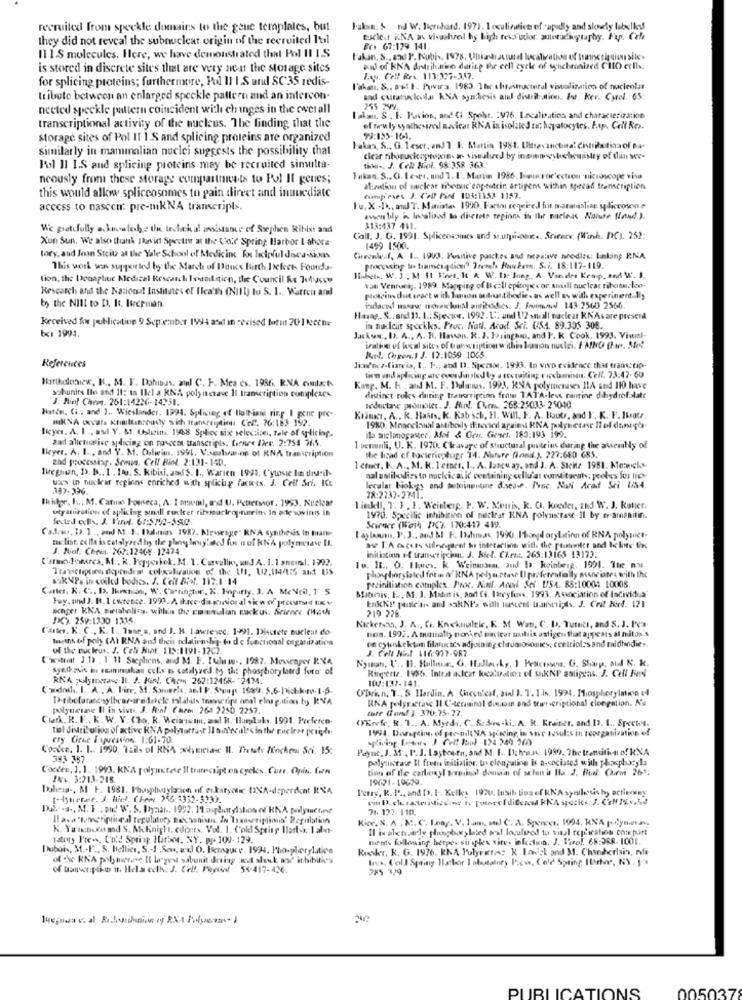
recruited from speckle domains to the geue templates, but
Falan, $ nd W. Hieridard. 1971. 1 oculivative of 'apadly and slowly labelky
they did not reveal the subnuclear origin of the recruited l'til
tacle.r KNA a. vi-solired by high resautor. autoradiography. Frp. Cela
BYs 67:179 141.
Il IS molecules. Here, we have demonstrated that Pol II I.S
Fakan. S ., and P. Kubis, 1978, Uluastiautural localization of trineringion site-
is stored in discrete sites that are very nen the storage sites
for splicing proteins; furthermore, Pol Il I.S and SC:35 redis-
Jag. Cell Res. 113:327-337.
l'akan, S ., 9%! I. Puvira. 1983. The thestructural visualizarico of nucleolar
tributo between an enlarged speckle pattern and an intercon-
and curaruckola KNA synthesis all distrib .Mices. It Kev. Cytel. 65:
neeted speckle pattern coincident with chinges in the overall
255 299.
l'ikan, S . I. Pavion, and Ci Spoht. 1976. Incalisation and characterization
transcriptional activity of the nucleus. The finding that the
of oruly synthesized nacicar RNA in isolated ti; hepatocytes. E.ups Coil Res.
storage sites of Pol It 1 S and splicing proteins are organized
99:135-161.
similarly in mammalian nuclei suggests the possibility that
Hakas, S ., G. leser, and 1 1. Martin 1981. Utsavinctina: Citrilatinaof Da-
Pol Il I.S and splicing proteins may be recruited simulta-
tina -, J. Col Miol. 98:358 363.
neously from these storage compastrivets to Pol Il genes;
Tokan. S.G. Leser, and T. E. Martin 1986, hucroc'ection microscope visa
aEration of nuclear ribonuc'eop-niacin artigen within spread transcription
this would allow spliceosomes to gain direct and inuuediate
Campi Pes J. Coll Pint 103:1152 1157.
access to nascen: pre-mkNA transcripts.
Tu. X .I ., aJT. Mariate. 1990. Factor regeired for miamogaline spliccoseine
awen bly in localized to discrets region is Iler nacleas Nature (and.).
We prattfully achovatehe the tedhaha! assistance of Stephen Ribisi and
313:437 461.
Xun Sun. We also thank David Spector at the Cold Spring Harbor I ahora-
Call. J. G. 1991. Spliceosoues and sourpsicoort .. Science (Winh. DC). 252:
1499 1500.
tory, and Joan Stcity at the Yale School of Medicine for lidyful Jaca-sivas
Cirevale.f, A 1 .. 1993. Positive pasckes and negative noodles: Linkin; RNA
This work van supported by the March of Donc's Birth Defects Founda-
processing lo timmenindicar" Trench Ruukenn. S.i. 18:117-119.
tion, the Douaphuc Medical Research Inandtien, the Council Re 7:4usse
Hubets, W. J ., M $1 Kines, It A W. Is. Sneg. A Vandre Kemp, and W. I
Research and the National Institutes of Ilea'th (NIH) to S. I ., Warren and
val Venruekg. 1989. Mapping of Bic:Il cpitere< or. small nuclear ribonu.lou-
protein det eract with Maison autoantibodies as well as with experimentally
by the NIll to D. It. Iucpmian.
insdaced masav trousickmal aufitodos. J. Brownol 143:2560 2566
Received fou publication 9 September 1994 asd in revised torin 201 kecen-
Hang. S ., and 11. 1 .. Spector, 1992. 1 .. and \'2 small naclear RNAs are present
bx1 1991.
in nuclear speckks. Proc. Natl. Acad. Sri. US.4. 89.305 305.
Jackow :, I. A ., A. B. Havan. R. J. Faringhan, and P. K Cook. 1993. Vival-
iralive of local sites of transcription withis loson nuclei. FAND (Far. Strt.
Rue. Orgen.1 3. 12:1059 1065.
References
Harikaloanew, K ., M. F. Dohmas, and C. F. Mes es. 1986. RNA contacts
tien und aplicing are coosJuuled by a toutailing reclamos. Cell. 73.47- 60
Kang. M. K , and M. F. Pulaus. 1993. RNA polymerases 11A sod 110 have
subunits Ile and Il: In Ilel a KNA poly octave Il tramcription complexes
J. Niol Cheet. 261:14226- 14231.
distinct roles during transcriptinn from TATA-less naurine dihydrofalatt
seductase promilet. J. Ring. C.en. 265:25033- 25040.
Hatte, Ci .. and 1. Wieslander. 1991. Splicing of Iluttiani ring_| pene pre-
mKNA occata Knimlustready with transcripties Cel. 76:183 192.
Klinkt. A .. R. Haans, K. Kab sch. H. Will, F. A. Bout, and I. K. F. ILut.
licyer. A. I ., as Y. M. Oslicin. 1968 Splice six selection, Tale of spliciar.
1980. Monoclonal astibely datevied against KNA polyuetase Ii ed dansehr
aad alletualise ydicing on nascem transcripts, Cornre Ales. 2:754 765.
ila miclimogaster. Afol & Ocn. Grwet. 183:193 199.
lkyer. A. I ., and Y. M. Orheim, 1991. Vaeslason of KNA transcription
1 verminli, U. K. 1970. Cleavage of Structural puute ins during the assembly of
zad processing. Somus. Cell Biol 2:131-140.
the head of tocieringhogy 14. Nature (and.). 227:680 685.
lireghan, I. B .. I . Itu. S. Kibisi, and S. I ., Warien 1992, C'ytosie In distrib-
1 ctoct, K. A ., M. R. 1 eraer. I .. A. lascu ay, and J. A. Steina 1951. Ma:wicks-
ut's in nuclear regions enriched with splicing factis. J. Cell Sei. ICc
salumiillies to nockicavic containing cellular constituent; peeles for bio-
387-396.
lecular biology and seteinentime disease. Pose. NaN Acad Sci 1/54
Ihitgr, I .., M. Cato Pourseca, A. I moval, I'd U. Petterstor. 1953. Nuclear
78:2737-2741.
organization of splicing small ruceer ribomsactropinaein In øde sovinis in
linktl, 7. 1 . 1. Weinerg. P. W. Xouis, k. C. keeder, and W. J. Rotter.
1970. 5pxcilic inhibition of nectrat RNA polyunctase Il by er-amanitin.
Cadres, D. ] ., and M. 1. 1alitas 1987. Arwenge" RNA synthesis In mans-
Stirner (Wash PIC). 170:417 419.
Ex list. ex ile is catalyzed by the phoy lesy'ated fins nul KNA polymerase IL.
I aylaam, P. J ., and M. F. Dahmas, 1990. Itand orylation of RNA polyniet-
J. Niał. CEret. 267:1246%-12474.
initiation of transcripcim. J. Biel. Chent. 265:13165 13173.
av T.A ocets stilneedent hoo interacting with the ptutoilet and bekie fire
(ano-loures, M .. R. Pepperkek, M. 1. Cavalli, und A. 1. 1 snul. 1792.
Trawchipties deptuden colxalication of the LI, 112.114/55 and LiS
le. It ., O. Flures, k Weinmon, and Is keinberg. 1991. Ite ny.
SakVPs in coiled bodies. J. Cell Biol. 112.1 14
preinitiation complex. Proc. Nail. Aced Sei 1754. 88:10001 10005
phosphorylated fot in a RNA polyn ttav Il profetentally sanciones with the
Carter. K. C ., D. Ihmtras, W. Carrington, K. Hopurty. ]. A MeNeil, 1: 5
Maturais, I ., S. J. Mahnt is, aodl Cs. Itreyfues. 1993. Atenciation of ladividua"
Foy. und J. It. 1 cwtesse. 1993. A ikace-dis minios al siw of prooutsed LEY
anger KKA swisholi=s. willin the roundlian Eckuns. Science (Wath
219 226.
EnKNF paule'ans and saktNI's with tastest banesi;s. J. Crit Bird. 121
PC). 259:1330 1315.
Cartes. K. C ., K. I ., Tane a, and J. H. L.avetevec. 1991. Discrete euclent do
Kirkersan, J. A ., Ci. Kackualeic, K. M Wan, C. U. Tuttitt, and S. J. P'ea
non. 1992. A nunnally nonked macicet uutis astigen that appears at nutos's
tasins of poly (A) RNA and theis relativahe's. to de functional organization
on cytoskeleton filantes adjoining chavaronomies, ceettiolas and muldhodie».
of the cuckus. J. Coli Mot. 112:1191- 12C}
J. Cell Nin 116:997-987
(withat ] 1) . 1 H1 Stephens, and M. F. Iuluw ., 1987. Messenger KVA
Nyman, L' .. 11. Hullnur, G. Hudlaky, 1 Petitesse, G. Shop, M N. K.
syetkm's in saninukau cul's i catalyzed by the phosphorylaerd foto' of
Ringerte. 1986. Intrat aclcat kocatoration of sukNP antigens. J. Cell Fri
RKA julyroesaus 11. J. Hin !. Chris 262:12458- 2474.
107:137-141.
Caodosh. I. A ., A. Fire, 31. Someek, and F. Stumps 1989. 5.6-Dichkro-1-5.
('Dwin. T ., S Hardin, A Checnleaf, au J. T. 1.is. 1994. Phosphory lation 4
RNA polyrættase Il C'-terminal dumoin and transcriptional clonpation. Na
polynesane Il in vives. J. Mal Chee 264 2250 2257.
tore (farf. ). 370:75-77.
Clark. R. F ., K. W. V. Cho. R. Weinsem, zal B. Harplaks, 1991. Perferen-
(FEref. R. T ., A. Myrdi, C. Sodrs-ki. A. R. Kreiter, and 13. 1 .. Spects.
tol divri: u joo of active RNA polytartavr II nuevalesin the nuclear peride-
1994. Doregime, of pre-niloNA spacing in vive tosul:s in reorganizative of
cry tiene Enquestion 1:61-70
Conoce, 1. 1 .. 1990. Tails of KNA piernas Il. Bataty Anche Sci. 15:
Payot, J. 35 ., P. J. Laybourn, and M. I. Dahast, 1999. The trenditini of KNA
383 387
polyninstance Il from initiation, to clonpaling is n-socialed with phosphoryla
Cortex, 1.1. 1993. KNA polyunctase Il trureceipt on cyeles. Curr. Opin. fun
tion of the carbonyl vries donna of schon is Ite J. Rial Ourm 26:
PAL. 3:213-215.
19671-19679.
Duhess -, M F. 1981. Phosphaylacion of eukaryotic UNA-deperdent RNA
Petsy, R. I ., and D). I -. Kelley 1926 fubib liosof KNA synlesich, actives
[-Income. J. Mind. Chem 256:5332-3933.
Dul .. . a ., M. F ., and W. S. Ityaar ., 1992. 1.agdiaryistion of RNA polymertant
76. 122-110.
Kie. S. A . M. C. Leag. V. 1 am. sul C. A. Spencer, 1994, RNA polymera
K. Yaistexto and S. Mcknight, cdi:ts. Vol. 1. Cold Spring 11art . 1aba-
tatoty Free, Cold Spring Hitben, NY. pp 109- 129.
ments following herpes wit splex vite. ink.twin. J. Viral. 68:368- 1001.
Dubois, M. . F ., S. Hellics, S .- J .Seu, w) O. Femsauce. 1994. Phosphorylation
Reker. R. G. 1976. RNA Pulyretas K lawick and M. Chanderisin, nfi
of the RNA polymerase Il larged sabunit desing ed sheuk and ithibit's
tres. Coll Spring Harbor I abtalne) Pics, Cold Spring Ibrtoe, NY. 1'.
of bauwagen 1. Hela och. J. Col. Fayol 54-417-426.
005037
PUBLICATIONS